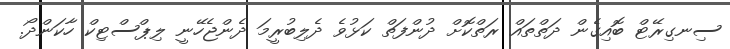
ސިނގިރޭޓް ބޮއިގެން ދަތްތައް ރަތްކޮށް ދުންފަތް ކަޅުވެ ދެލިބުރީމަ ދެންޖެހޭނީ ލިޕްސްޓިކް ހާކަންދޯ.